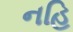
નહિ